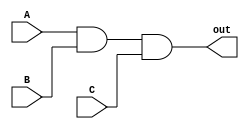
/* This file is AND_3
Xuhui Gong	21-09-11
*/
module AND_3(out, A, B, C);
	
	input A, B, C;
	output out;
	wire and1_out;
	
	and and1(and1_out, A, B);
	and and2(out, and1_out, C);	

endmodule